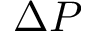
\Delta P